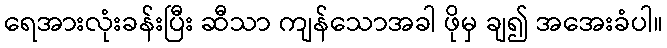
ရေအားလုံးခန်းပြီး ဆီသာ ကျန်သောအခါ ဖိုမှ ချ၍ အအေးခံပါ။